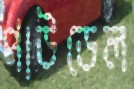
পাউডেল